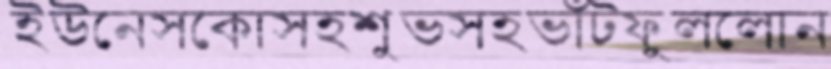
ইউনেসকোসহশুভসহভাঁটফুললোন